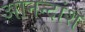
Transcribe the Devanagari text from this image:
आनन्दांश